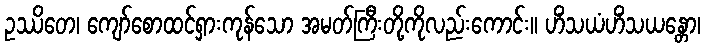
ဥဿိတေ၊ ကျော်စောထင်ရှားကုန်သော အမတ်ကြီးတို့ကိုလည်းကောင်း။ ဟိံသယံဟိံသယန္တော၊